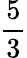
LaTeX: \frac 53